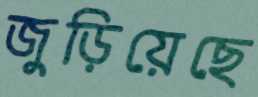
জুড়িয়েছে